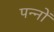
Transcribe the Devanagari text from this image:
पन्‍नों